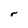
Character: r